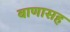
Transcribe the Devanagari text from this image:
बाणासह